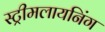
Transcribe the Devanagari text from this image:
स्ट्रीमलायनिंग